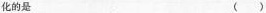
化的是 ( )